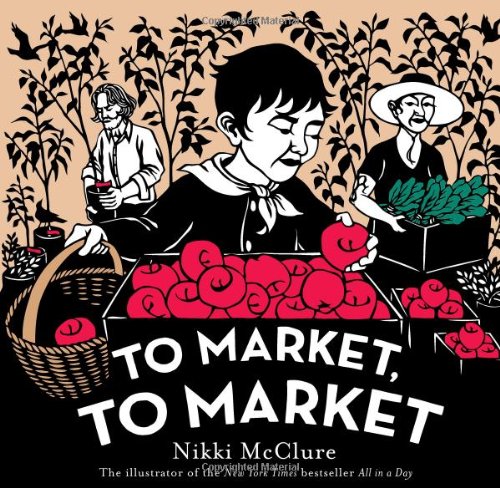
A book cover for To Market, to Market; Nikki McClure; Children's Books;